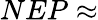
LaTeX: NEP\approx